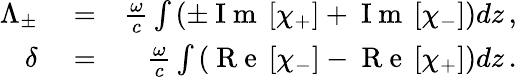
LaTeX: \begin{array}{rlr}{\Lambda_{\pm}}&{{}=}&{\frac{\omega}{c}\int\left(\pm\mathrm{~I~m~}\left[\chi_{+}\right]+\mathrm{~I~m~}\left[\chi_{-}\right]\right)dz\, ,}\\ {\delta}&{{}=}&{\frac{\omega}{c}\int\left(\mathrm{~R~e~}\left[\chi_{-}\right]-\mathrm{~R~e~}\left[\chi_{+}\right]\right)dz\, .}\end{array}